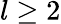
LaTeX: l\ge 2